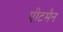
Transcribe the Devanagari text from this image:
पीटमैन